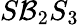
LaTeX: S\mathcal{B}_{2}S_{3}